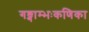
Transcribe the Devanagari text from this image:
गङ्गाम्भःकणिका